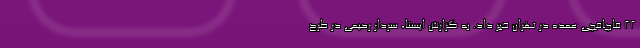
۲۲ قاچاقچی عمده در تهران خبر داد. به گزارش ایسنا، سردار رحیمی در طرح